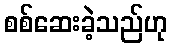
စစ်ဆေးခဲ့သည်ဟု